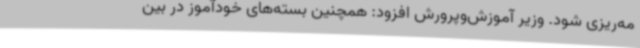
مه‌ریزی شود. وزیر آموزش‌وپرورش افزود: همچنین بسته‌های خودآموز در بین